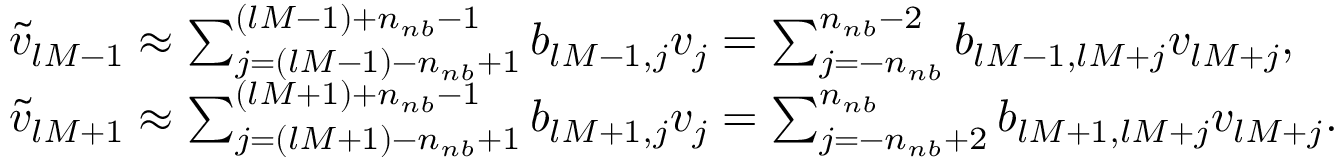
\begin{array} { r l } & { \widetilde v _ { l M - 1 } \approx \sum _ { j = ( l M - 1 ) - n _ { n b } + 1 } ^ { ( l M - 1 ) + n _ { n b } - 1 } b _ { l M - 1 , j } v _ { j } = \sum _ { j = - n _ { n b } } ^ { n _ { n b } - 2 } b _ { l M - 1 , l M + j } v _ { l M + j } , } \\ & { \widetilde v _ { l M + 1 } \approx \sum _ { j = ( l M + 1 ) - n _ { n b } + 1 } ^ { ( l M + 1 ) + n _ { n b } - 1 } b _ { l M + 1 , j } v _ { j } = \sum _ { j = - n _ { n b } + 2 } ^ { n _ { n b } } b _ { l M + 1 , l M + j } v _ { l M + j } . } \end{array}